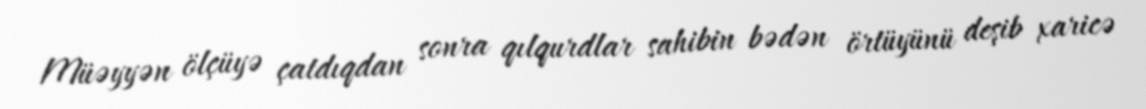
Müəyyən ölçüyə çatdıqdan sonra qılqurdlar sahibin bədən örtüyünü deşib xaricə